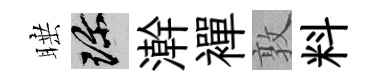
睡珍澣襌敦料